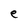
Character: e